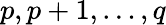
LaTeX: p,p+1,\ldots,q